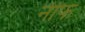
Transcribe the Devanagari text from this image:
नीफ